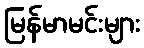
မြန်မာမင်းများ